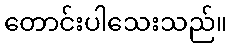
တောင်းပါသေးသည်။